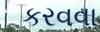
કરવવા